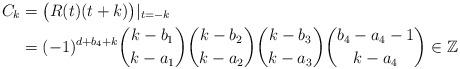
LaTeX: \begin{align*}C_k&=\bigl(R(t)(t+k)\bigr)|_{t=-k}\\&=(-1)^{d+b_4+k}\binom{k-b_1}{k-a_1}\binom{k-b_2}{k-a_2}\binom{k-b_3}{k-a_3}\binom{b_4-a_4-1}{k-a_4}\in\mathbb Z\end{align*}